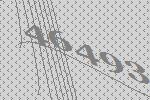
46493